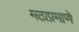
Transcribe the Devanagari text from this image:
मठाप्रमाणे